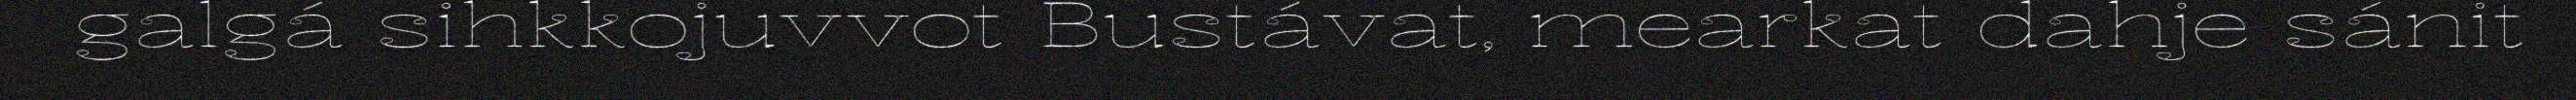
galgá sihkkojuvvot Bustávat, mearkat dahje sánit